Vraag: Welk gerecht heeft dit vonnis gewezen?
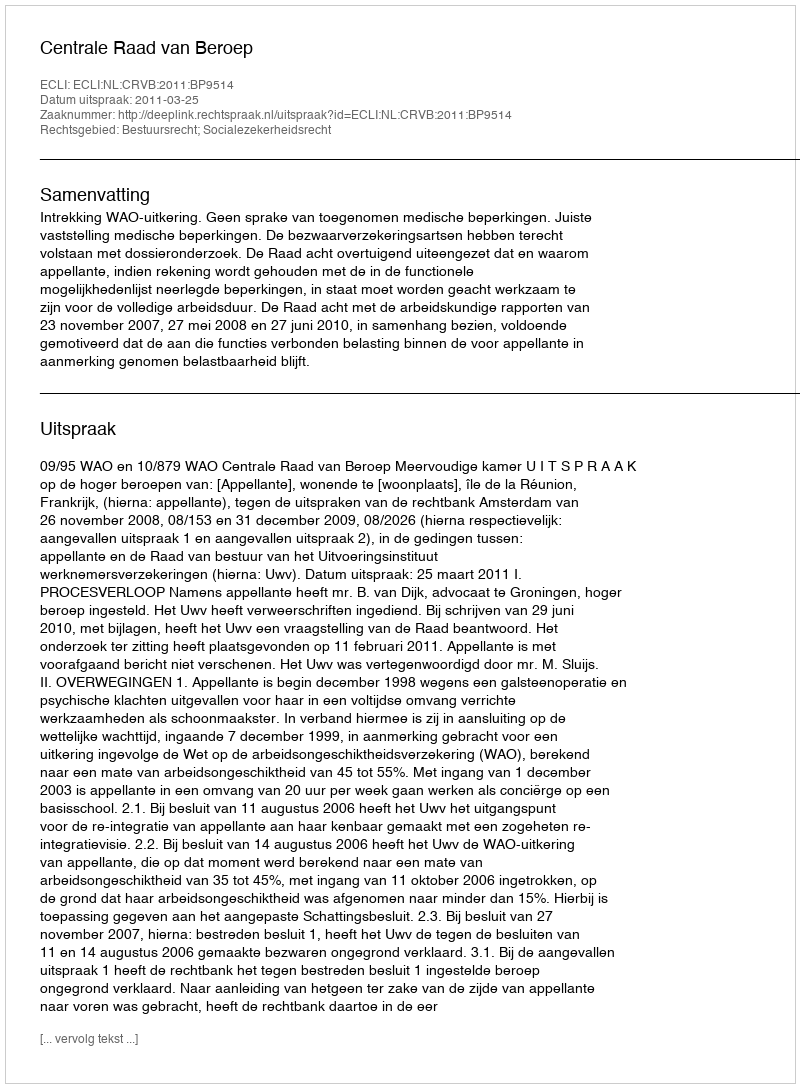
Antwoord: Centrale Raad van Beroep